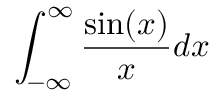
\int _ { - \infty } ^ { \infty } { \frac { \sin ( x ) } { x } } d x